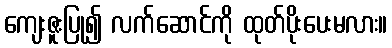
ကျေးဇူးပြု၍ လက်ဆောင်ကို ထုတ်ပိုးပေးမလား။